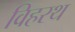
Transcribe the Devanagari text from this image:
विहरथ